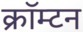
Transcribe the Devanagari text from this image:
क्रॉम्टन